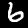
Digit: 6